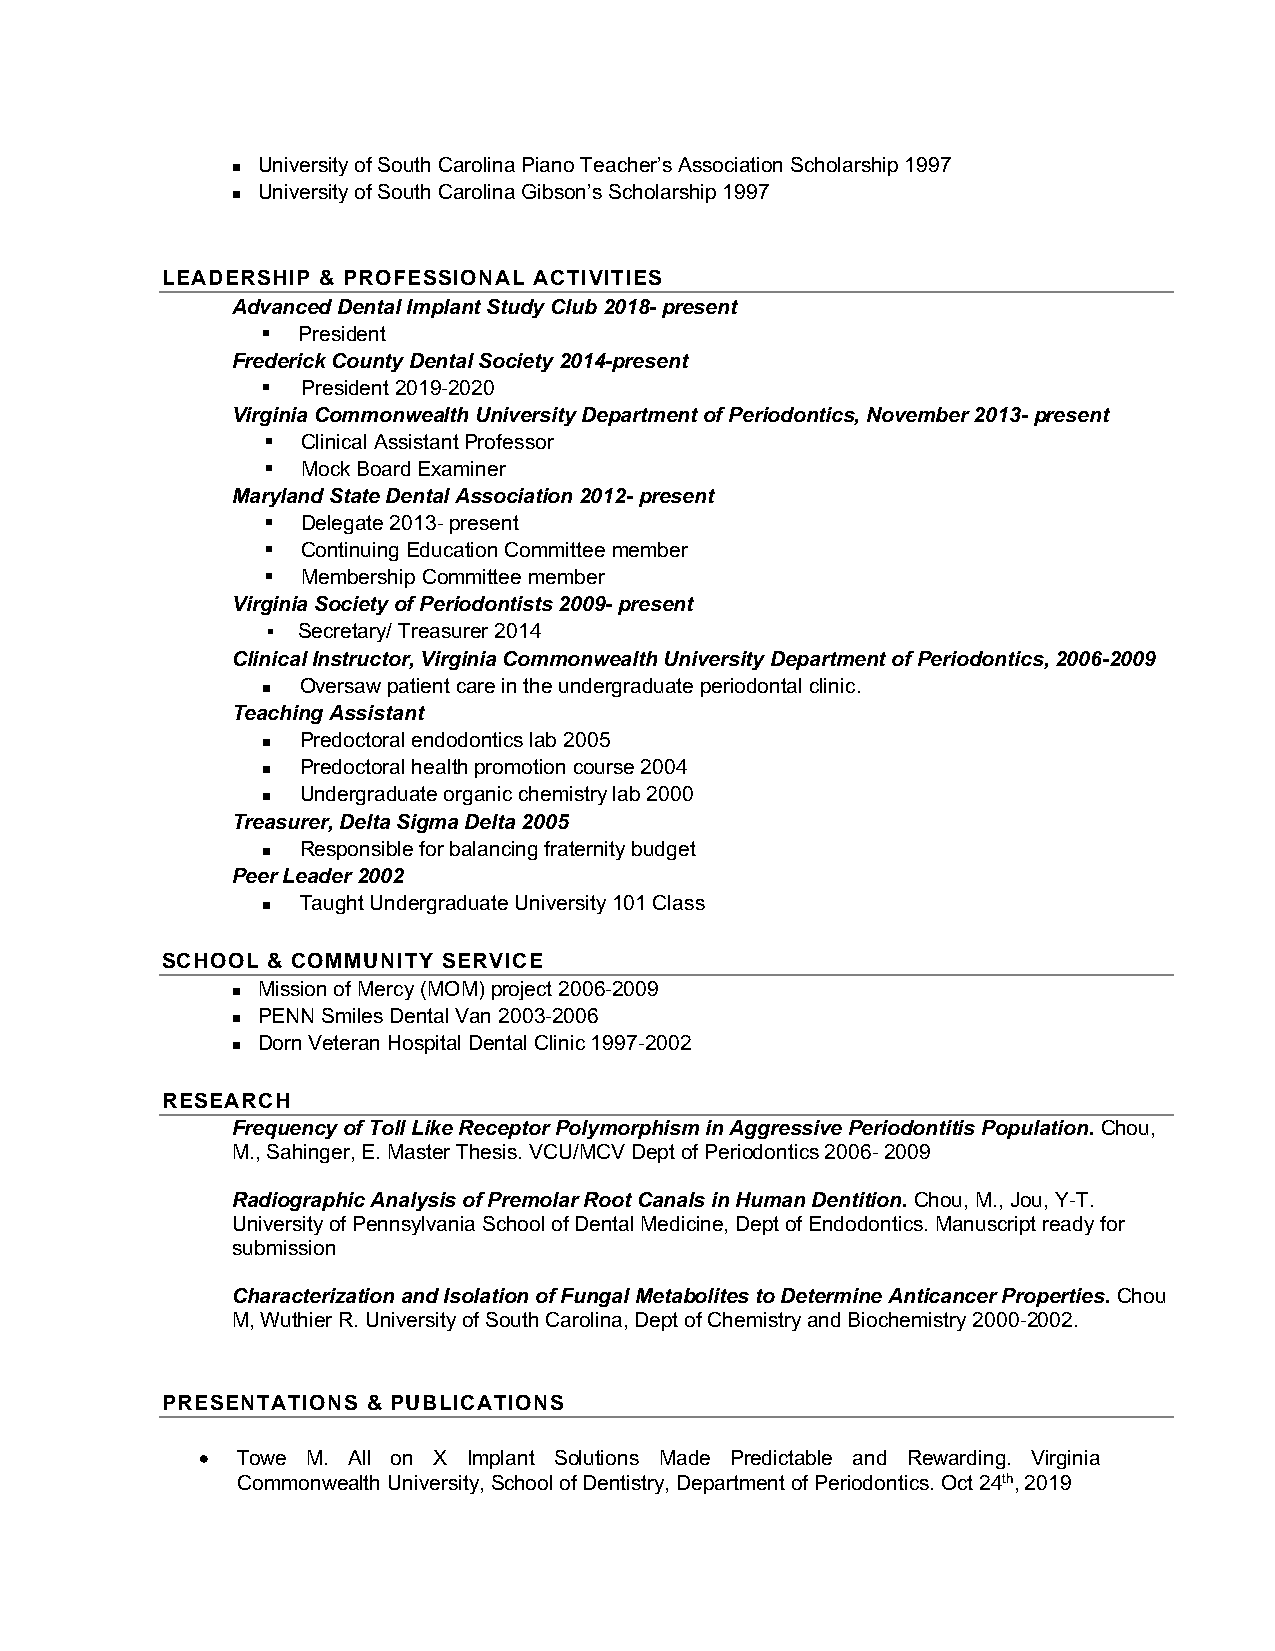
University of South Carolina Piano Teacher’s Association Scholarship 1997
 n
 University of South Carolina Gibson’s Scholarship 1997
 n
 LEADERSHIP & PROFESSIONAL ACTIVITIES
 Advanced Dental Implant Study Club 2018- present
 §  President
 Frederick County Dental Society 2014-present
 §  President 2019-2020
 Virginia Commonwealth University Department of Periodontics, November 2013- present
 §  Clinical Assistant Professor
 §  Mock Board Examiner
 Maryland State Dental Association 2012- present
 §  Delegate 2013- present
 §  Continuing Education Committee member
 §  Membership Committee member
 Virginia Society of Periodontists 2009- present
 ▪ Secretary/ Treasurer 2014
 Clinical Instructor, Virginia Commonwealth University Department of Periodontics, 2006-2009
 Oversaw patient care in the undergraduate periodontal clinic.
 n
 Teaching Assistant
 Predoctoral endodontics lab 2005
 n
 Predoctoral health promotion course 2004
 n
 Undergraduate organic chemistry lab 2000
 n
 Treasurer, Delta Sigma Delta 2005
 Responsible for balancing fraternity budget
 n
 Peer Leader 2002
 Taught Undergraduate University 101 Class
 n
 SCHOOL & COMMUNITY SERVICE
 Mission of Mercy (MOM) project 2006-2009
 n
 PENN Smiles Dental Van 2003-2006
 n
 Dorn Veteran Hospital Dental Clinic 1997-2002
 n
 RESEARCH
 Frequency of Toll Like Receptor Polymorphism in Aggressive Periodontitis Population. Chou,
 M., Sahinger, E. Master Thesis. VCU/MCV Dept of Periodontics 2006- 2009
 Radiographic Analysis of Premolar Root Canals in Human Dentition. Chou, M., Jou, Y-T.
 University of Pennsylvania School of Dental Medicine, Dept of Endodontics. Manuscript ready for
 submission
 Characterization and Isolation of Fungal Metabolites to Determine Anticancer Properties. Chou
 M, Wuthier R. University of South Carolina, Dept of Chemistry and Biochemistry 2000-2002.
 PRESENTATIONS & PUBLICATIONS
 •  Towe M. All on X Implant Solutions Made Predictable and Rewarding. Virginia
 Commonwealth University, School of Dentistry, Department of Periodontics. Oct 24th, 2019